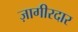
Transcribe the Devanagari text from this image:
ज़ागीरदार